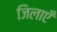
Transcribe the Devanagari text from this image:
जिलाएँ